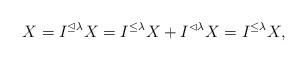
LaTeX: \begin{align*}X=I^{\unlhd\lambda}X=I^{\le\lambda}X+I^{\lhd\lambda}X=I^{\le\lambda}X,\end{align*}